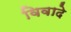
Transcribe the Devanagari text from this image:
विवादे